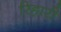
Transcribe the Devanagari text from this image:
रिहारी